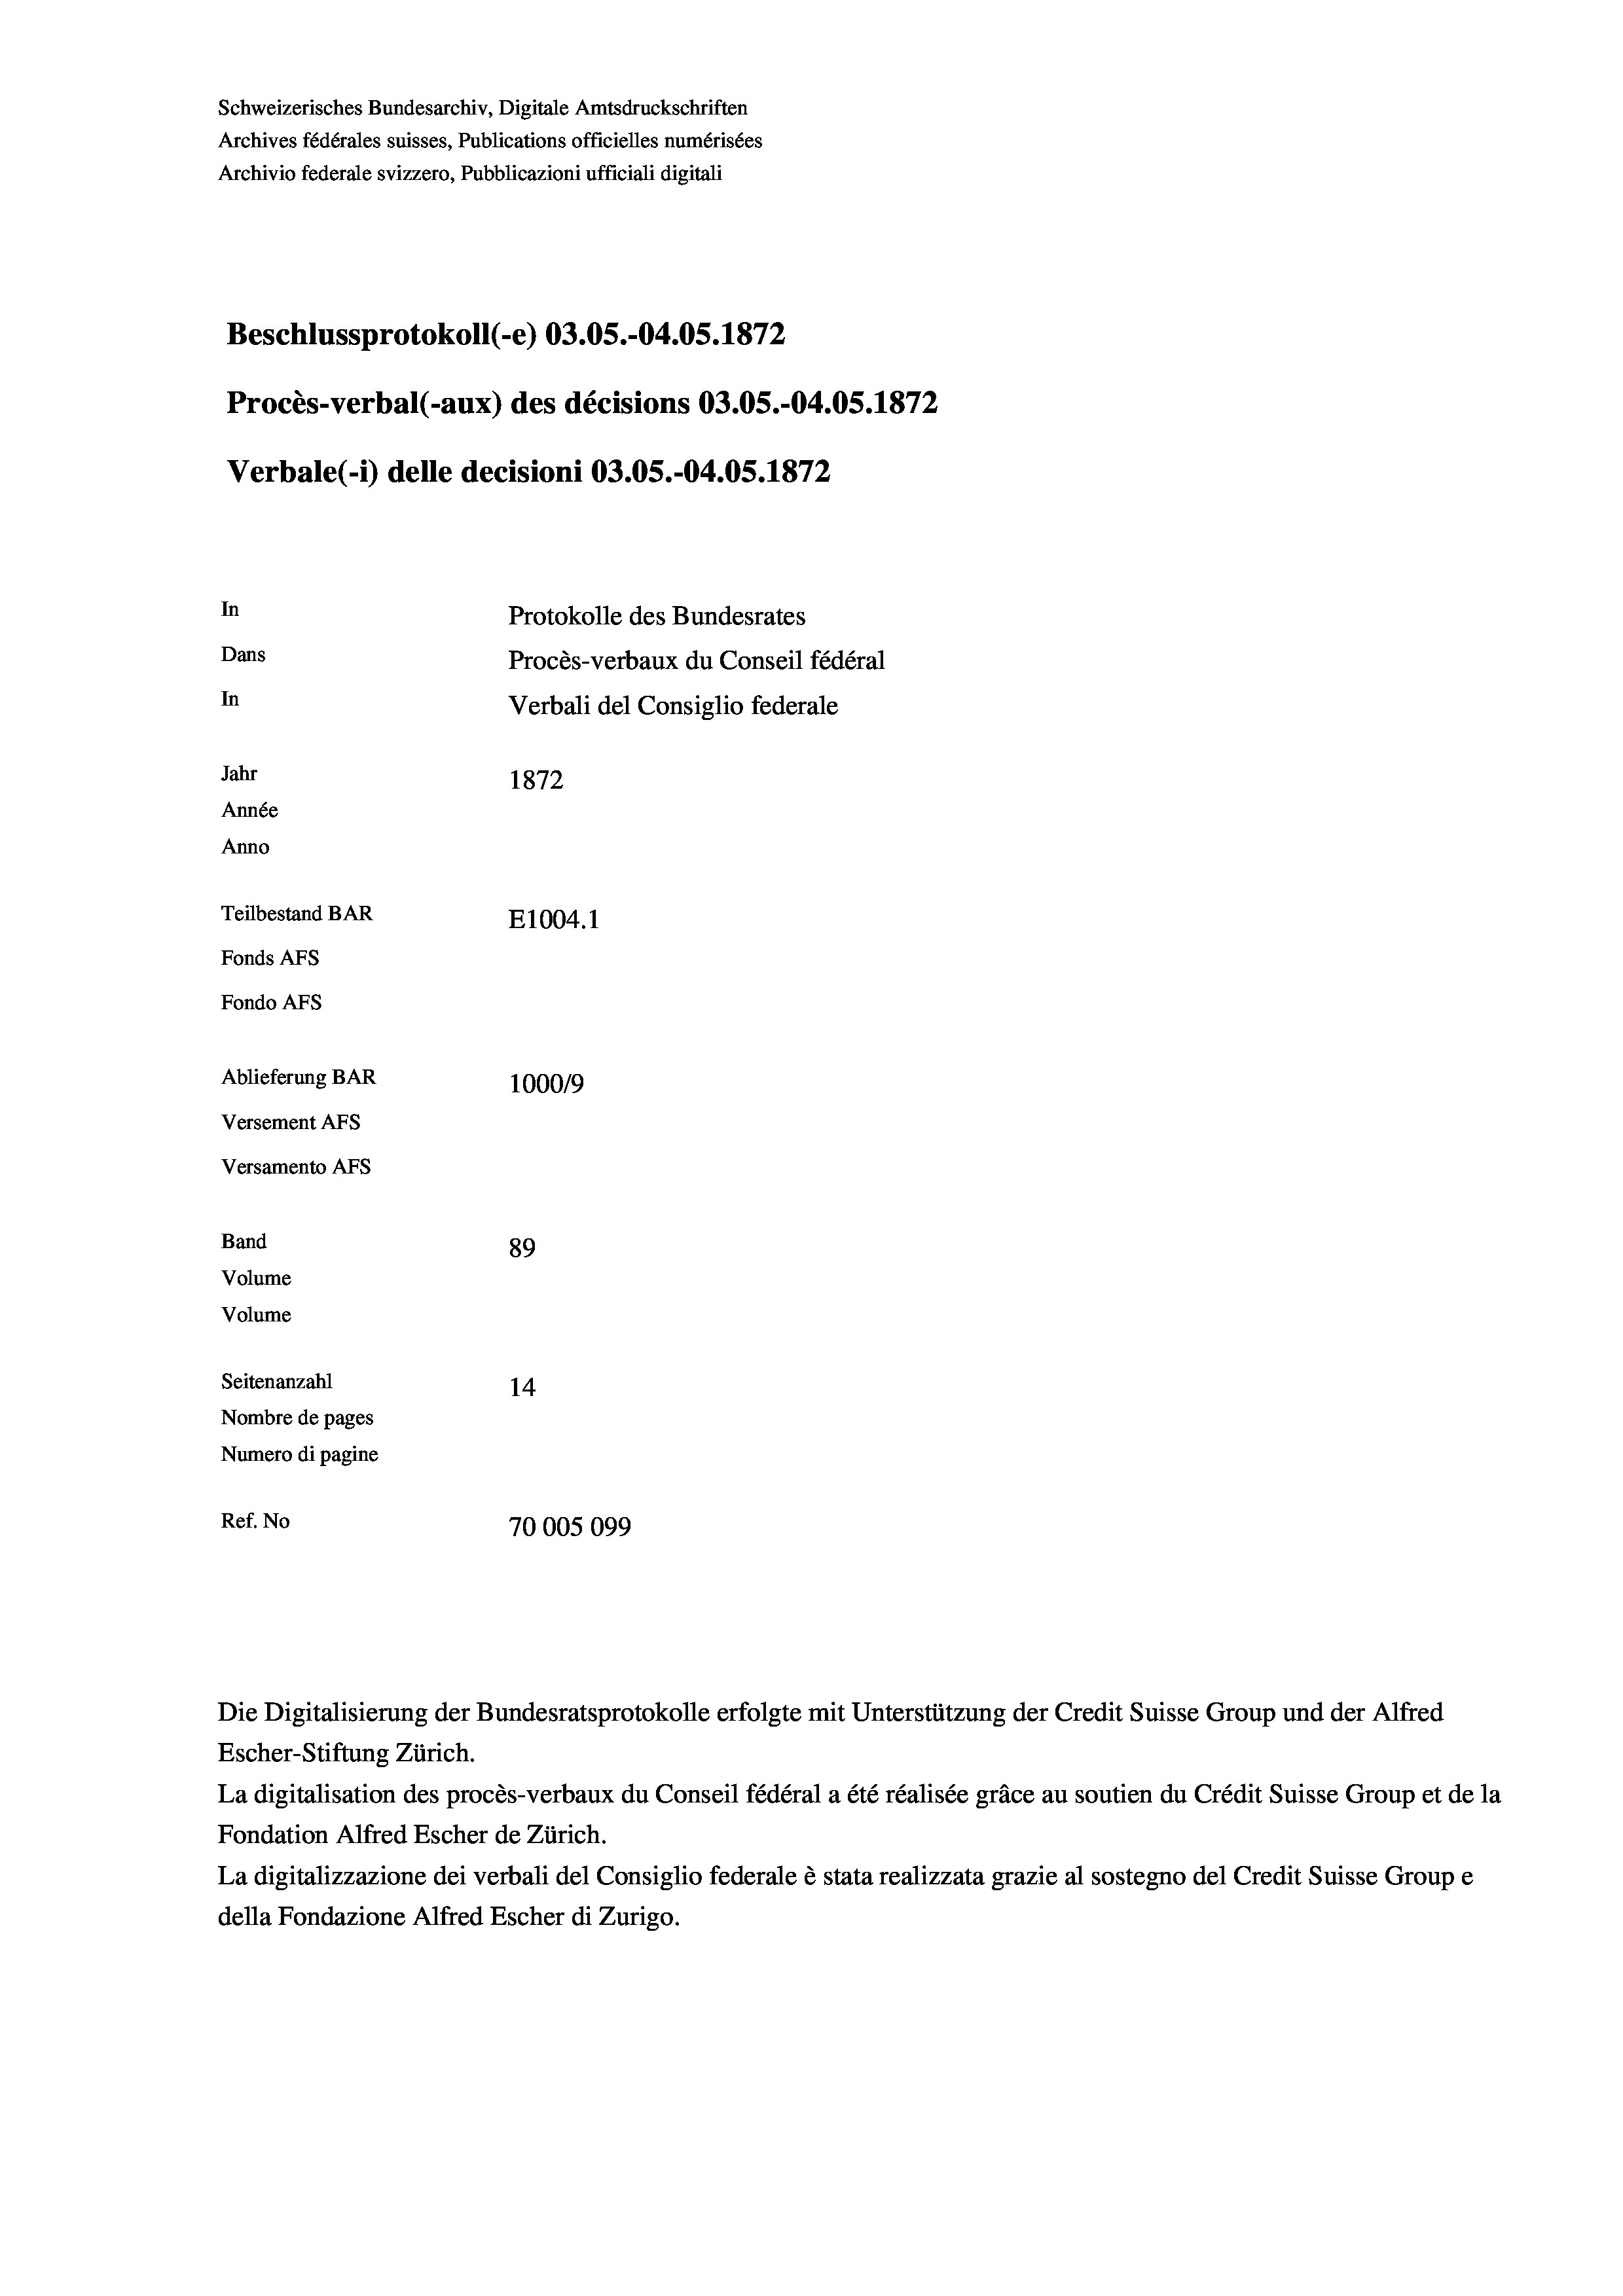
Schweizerisches Bundesarchiv, Digitale Amtsdruckschriften
Archives fédérales suisses, Publications officielles numérisées
Archivio federale svizzero, Pubblicazioni ufficiali digitali
Beschlussprotokoll (-e) 03.05.-04.05. 1872
Procès-verbal (-aux) des décisions 03.05.-04.05. 1872
Verbale(*) delle decisioni 03.05.-04.05. 1872
In
Protokolle des Bundesrates
Dans
Procès-verbaux du Conseil fédéral
In
Verbali del Consiglio federale
Jahr
1872
Année
Anno
Teilbestand BAR
E1004. 1
Fonds AFs
Fondo Afs
Ablieferung BAR
100019
Versement AFs
Versamento AFs
Band
89
Volume
Volume
Seitenanzahl
14
Nombre de pages
Numero di pagine
Ref. No
70005099

Die Digitalisierung der Bundesratsprotokolle erfolgte mit Unterstützung der Credit Suisse Group und der Alfred

Escher-Stiftung Zürich.
La digitalisation des procès-verbaux du Conseil fédéral a été réalisée gräce au soutien du Crédit Suisse Group et de la
Fondation Alfred Escher de Zürich.
La digitalizzazione dei verbali del Consiglio federale è stata realizzata grazie al sostegno del Credit Suisse Groupe
della Fondazione Alfred Escher di Zurigo.